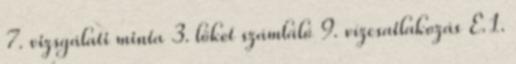
7. vizsgálati minta 3. löket számláló 9. vízcsatlakozás E.1.